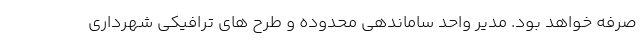
صرفه خواهد بود. مدیر واحد ساماندهی محدوده و طرح های ترافیکی شهرداری